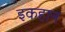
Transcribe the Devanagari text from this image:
इकहान